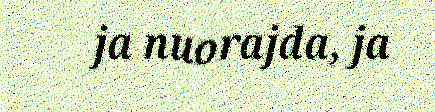
ja nuorajda, ja